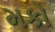
મકો